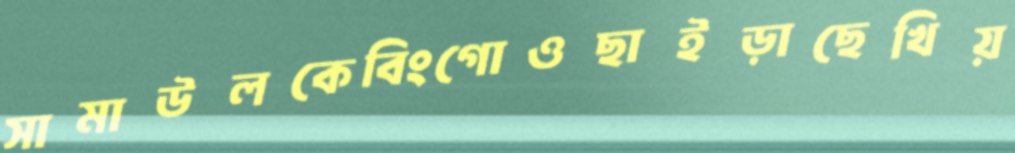
সামাউলকেবিংগোওছাইড়াছেখিয়